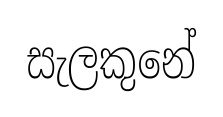
සැලකුනේ